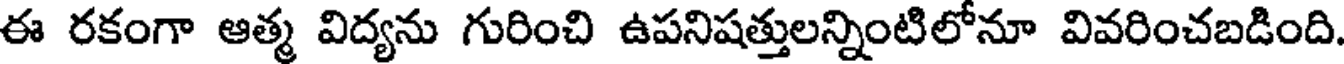
ఈ రకంగా ఆత్మ విద్యను గురించి ఉపనిషత్తులన్నింటిలోనూ వివరించబడింది.